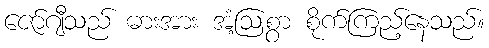
ဇော်ဂျီသည် ဓားအား အံ့ဩစွာ စိုက်ကြည့်နေသည်။